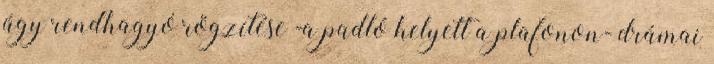
ágy rendhagyó rögzítése -a padló helyett a plafonon- drámai